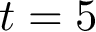
t = 5